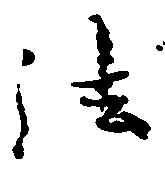
法